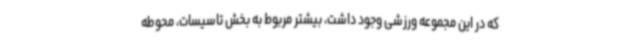
که در این مجموعه ورزشی وجود داشت، بیشتر مربوط به بخش تاسیسات، محوطه